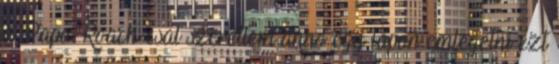
a Papa Roach-csal szerettem anno egy lapon emlegetni ezt